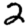
Digit: 2